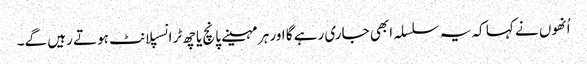
اُنھوں نے کہا کہ یہ سلسلہ ابھی جاری رہے گا اور ہر مہینے پانچ یا چھ ٹرانسپلانٹ ہوتے رہیں گے۔